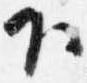
下